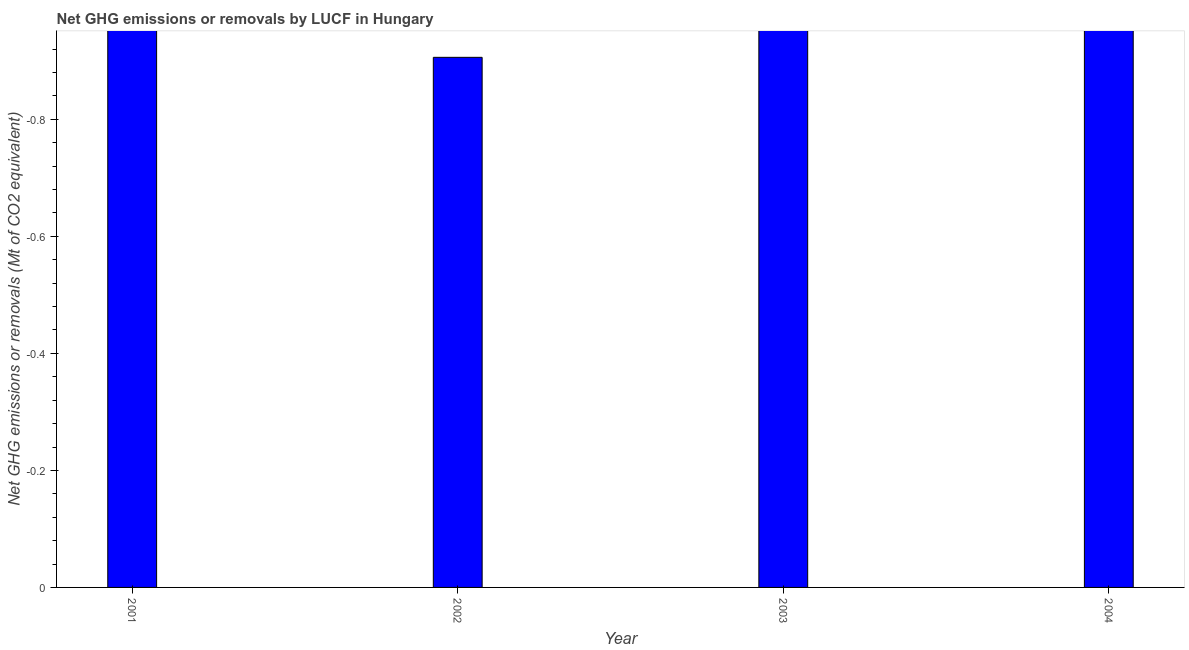
| Year | GHG net emissions or removals |
 | --- | --- |
 | 2001 | -1.71 |
 | 2002 | -0.906 |
 | 2003 | -3.07 |
 | 2004 | -2.13 |